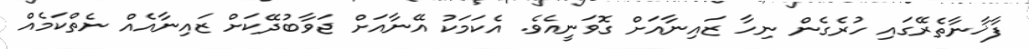
ފާޚާނާތެރޭގައި ހުރެގެން ނިހާ ޒައިނާއަށް ގޮވަނީއެވެ. އެކަމަކު އޭނާއަށް ޖަވާބުދޭކަށް ޒައިނާއެއް ނެތްކަމެއް